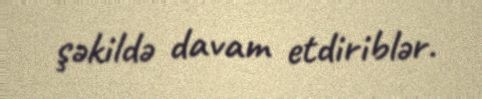
şəkildə davam etdiriblər.